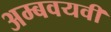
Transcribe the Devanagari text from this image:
अम्बवयवी